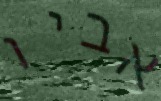
אביו